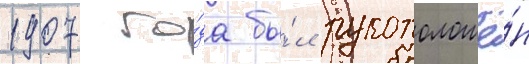
1907 го́да бы́л рукоположё́н